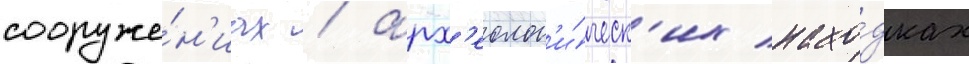
сооруже́н'иах / арх'еолог'и́ческ'их нахо́дках